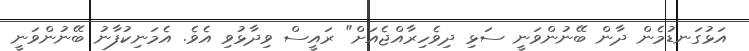
އަޅުގަނޑުމެން ދާން ބޭނުންވަނީ ސަޅި ދިވެހިރާއްޖެއަށް" ރައީސް ވިދާޅުވި އެވެ. އެމަނިކުފާނު ބޭނުންވަނީ